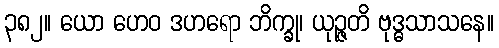
၃၈၂။ ယော ဟေဝ ဒဟရော ဘိက္ခု၊ ယုဉ္ဇတိ ဗုဒ္ဓသာသနေ။